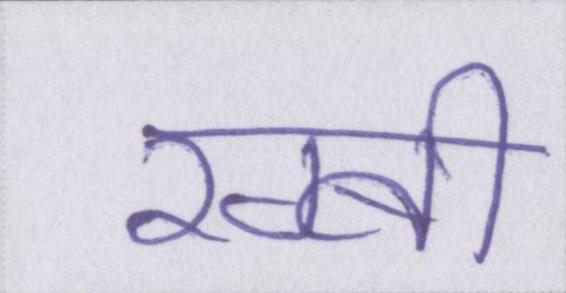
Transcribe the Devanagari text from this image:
रग्बी